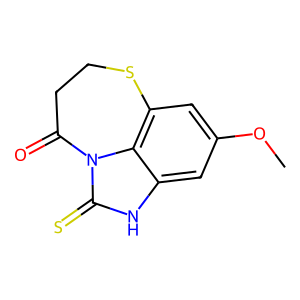
SMILES: COc1cc2c3c(c1)[nH]c(=S)n3C(=O)CCS2
Inhibits HIV replication: No